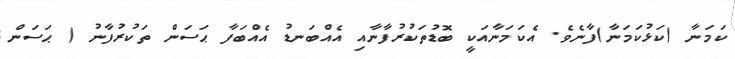
ކަމަނާ (ކަޅުކަމަނާ)ފާނެވެ. އެކަމަނާއަކީ ބޮޑުތަކުރުފާނާއި އެއްބަނޑު އެއްބަފާ ޙަސަން ތަކުރުފާނު ( ޙަސަން